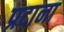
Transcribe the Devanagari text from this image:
प्रदाना